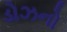
ડોઝનો